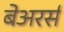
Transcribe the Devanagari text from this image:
बेअरर्स